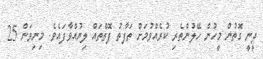
ދީނީ ގޮތުން މީހުން ހޭލުންތެރި ކުރެއްވުމަށް ތަފާތު ފޮތްތައް ލިޔުއްވާފައެވެ. މިނިވަން 25